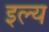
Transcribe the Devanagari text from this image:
इल्य